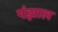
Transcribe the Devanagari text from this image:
पंझाल